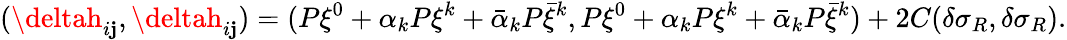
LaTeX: (\deltah_{i\mathbf{j}},\deltah_{i\mathbf{j}})=(P\xi^{0}+\alpha_{k}P\xi^{k}+\bar{{\alpha}}_{k}P\bar{{\xi}}^{k},P\xi^{0}+\alpha_{k}P\xi^{k}+\bar{{\alpha}}_{k}P\bar{{\xi}}^{k})+2C(\delta\sigma_{R},\delta\sigma_{R}).